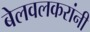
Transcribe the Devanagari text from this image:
बेलवलकरांनी